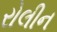
રોલીન